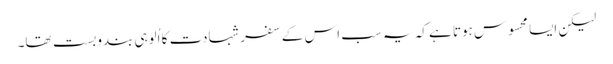
لیکن ایسا محسوس ہوتا ہے کہ یہ سب اس کے سفر شہادت کا اُلوہی بندوبست تھا۔